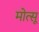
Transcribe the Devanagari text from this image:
मोत्सू